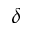
\delta